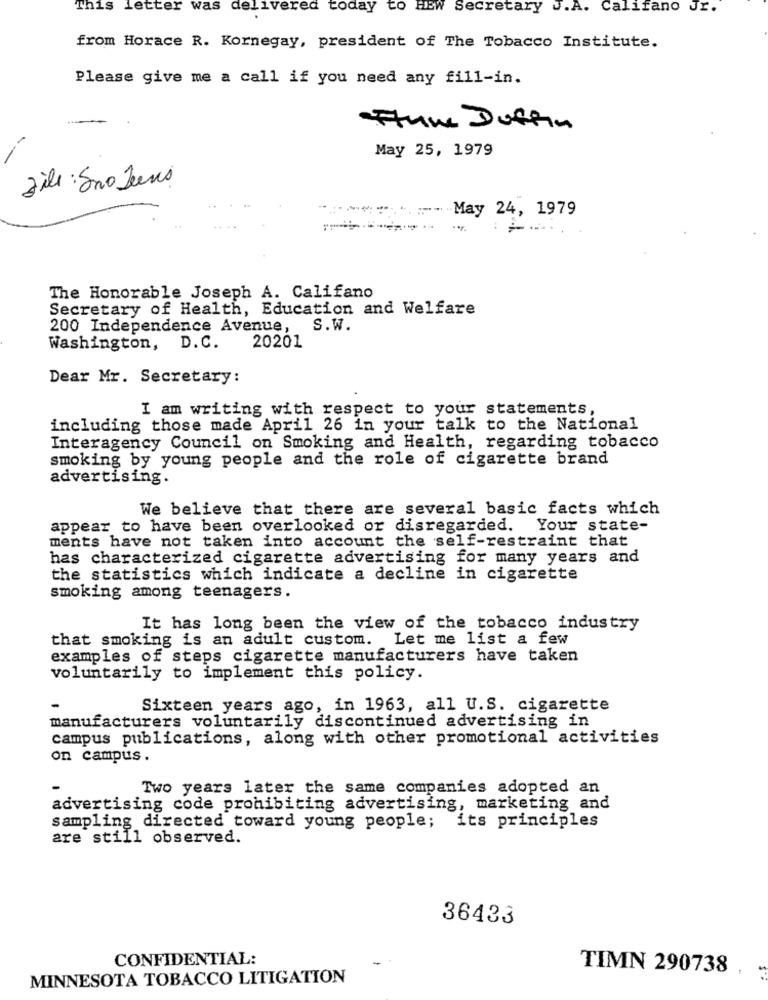
This letter was delivered today to HEW Secretary U.A. Califano Jr.
from Horace R. Kornegay, president of The Tobacco Institute.
Please give me a call if you need any fill-in.
Fun Duffin
May 25, 1979
file : Sno Jeunes
:-- May 24, 1979
The Honorable Joseph A. Califano
Secretary of Health, Education and Welfare
200 Independence Avenue, S.W.
Washington, D.C.
20201
Dear Mr. Secretary:
I am writing with respect to your statements,
including those made April 26 in your talk to the National
Interagency Council on Smoking and Health, regarding tobacco
smoking by young people and the role of cigarette brand
advertising.
We believe that there are several basic facts which
appear to have been overlooked or disregarded. Your state-
ments have not taken into account the self-restraint that
has characterized cigarette advertising for many years and
the statistics which indicate a decline in cigarette
smoking among teenagers.
It has long been the view of the tobacco industry
that smoking is an adult custom. Let me list a few
examples of steps cigarette manufacturers have taken
voluntarily to implement this policy.
Sixteen years ago, in 1963, all U.S. cigarette
manufacturers voluntarily discontinued advertising in
campus publications, along with other promotional activities
on campus.
Two years later the same companies adopted an
advertising code prohibiting advertising, marketing and
sampling directed toward young people; its principles
are still observed.
36433
CONFIDENTIAL:
TIMN 290738
MINNESOTA TOBACCO LITIGATION